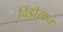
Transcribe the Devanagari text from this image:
दिंडोरवन